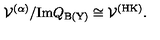
{ \cal V } ^ { ( \alpha ) } / \mathrm { I m } Q _ { \mathrm { \scriptsize B ( Y ) } } \cong { \cal V } ^ { \mathrm { \scriptsize ( H K ) } } .